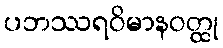
ပဘဿရဝိမာနဝတ္ထု